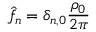
\hat { f } _ { n } = \delta _ { n , 0 } { \frac { \rho _ { 0 } } { 2 \pi } }